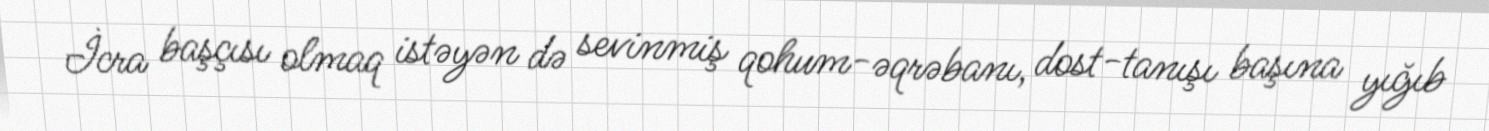
İcra başçısı olmaq istəyən də sevinmiş qohum-əqrəbanı, dost-tanışı başına yığıb